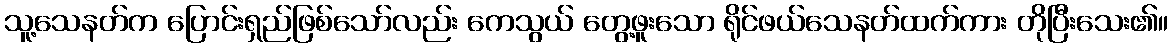
သူ့သေနတ်က ပြောင်းရှည်ဖြစ်သော်လည်း ကေသွယ် တွေ့ဖူးသော ရိုင်ဖယ်သေနတ်ထက်ကား တိုပြီးသေး၏။